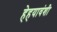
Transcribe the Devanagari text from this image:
हेहयावंशी